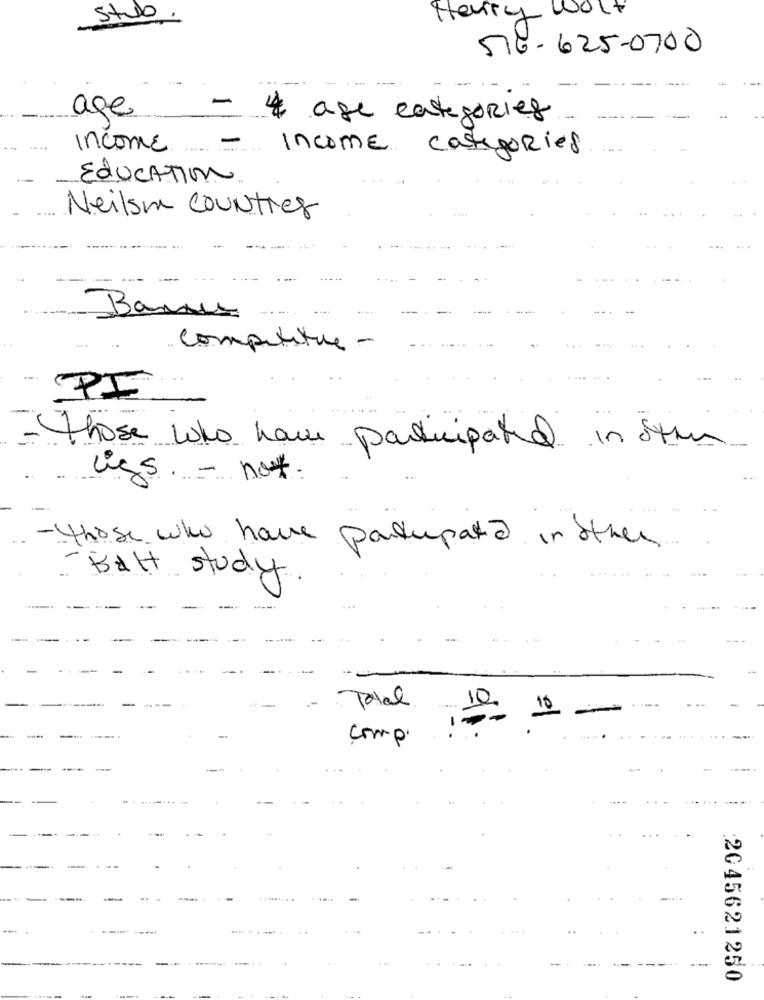
stub
Harry Wolf
576-625-0700
age
-
4 age categories
Income
... :
-
Income categories
EducATION
Neilsm Counties
Banus
Competitie -
-.
....
PI
=those who have participated in stin
..
ligs. - not.
-those who have partupata in other
- Batt study
-
-
Total
10.
-
comp.
-
-
.
:2045621250